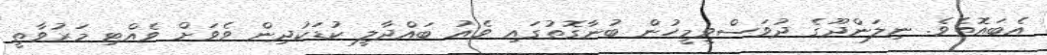
އެބައޮތެވެ. ނިލަންދޫގެ ދުވަސްވީމީހުން ބުނާގޮތުގައި ވެއު ބައްދާލީ ކުޑަކުދިން ވެވަށް ވެއްޓި މަރުވާތީ